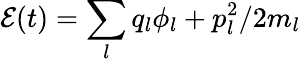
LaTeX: \mathcal{E}(t)=\sum_{l}q_{l}\phi_{l}+p_{l}^{2}/2m_{l}